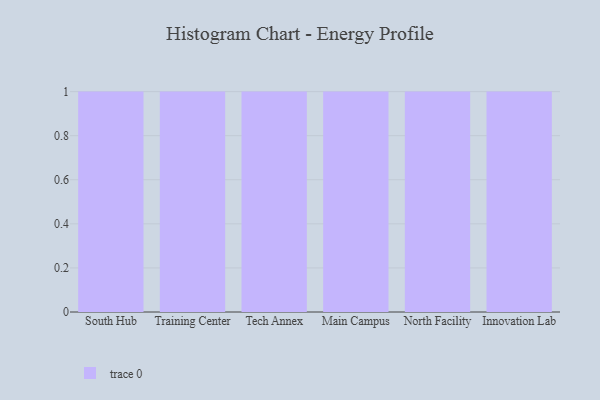
{"axis": {"x": "Campus", "y": "Market Share (%)"}, "legend": [""], "data": [{"x": "South Hub", "y": 42, "type": ""}, {"x": "Training Center", "y": 49, "type": ""}, {"x": "Tech Annex", "y": 80, "type": ""}, {"x": "Main Campus", "y": 74, "type": ""}, {"x": "North Facility", "y": 14, "type": ""}, {"x": "Innovation Lab", "y": 41, "type": ""}]}